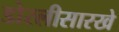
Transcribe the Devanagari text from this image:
डोरलीसारखे